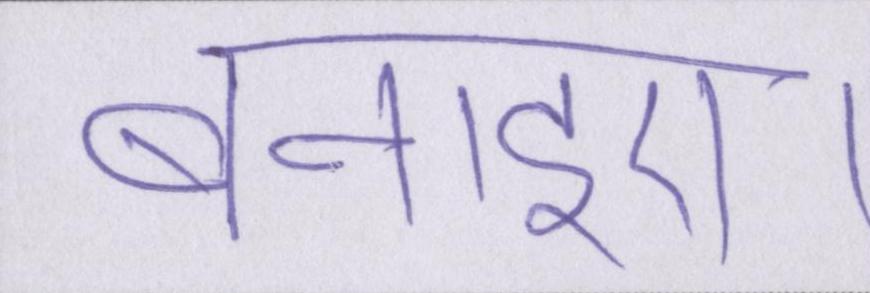
बनाइए।